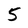
Character: 5